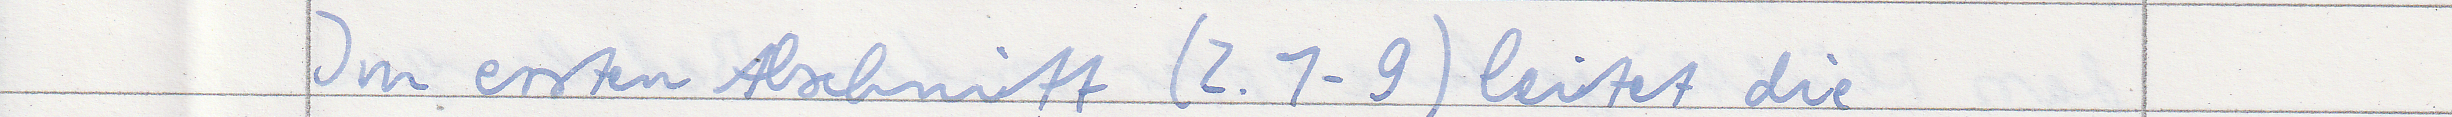
Im ersten Abschnitt (Z. 1-9) leitet die